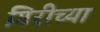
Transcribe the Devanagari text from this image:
गिरीच्या